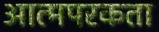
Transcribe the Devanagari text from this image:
आत्मपरकता